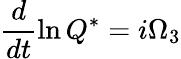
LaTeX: \frac{d}{dt}\ln Q^{*}=i\Omega_{3}